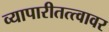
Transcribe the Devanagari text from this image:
व्यापारीतत्त्वावर